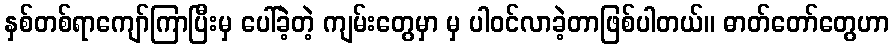
နှစ်တစ်ရာကျော်ကြာပြီးမှ ပေါ်ခဲ့တဲ့ ကျမ်းတွေမှာ မှ ပါဝင်လာခဲ့တာဖြစ်ပါတယ်။ ဓာတ်တော်တွေဟာ